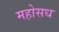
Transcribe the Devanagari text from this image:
महोसध